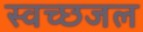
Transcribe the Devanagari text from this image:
स्वच्छजल